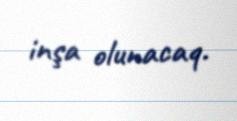
inşa olunacaq.